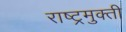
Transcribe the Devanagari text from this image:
राष्ट्रमुक्ती